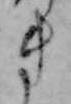
き